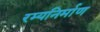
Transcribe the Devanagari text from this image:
रम्यनिर्माण